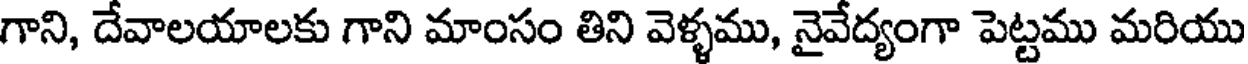
గాని, దేవాలయాలకు గాని మాంసం తిని వెళ్ళము, నైవేద్యంగా పెట్టము మరియు